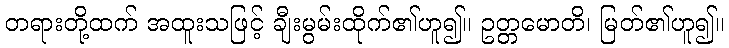
တရားတို့ထက် အထူးသဖြင့် ချီးမွမ်းထိုက်၏ဟူ၍။ ဥတ္တမောတိ၊ မြတ်၏ဟူ၍။